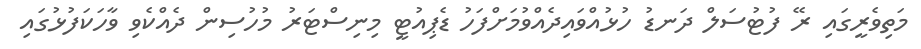
މަތިވެރީގައި ރޭ ފުޓުސަލް ދަނޑު ހުޅުއްވައިދެއްވުމަށްފަހު ޑެޕިއުޓީ މިނިސްޓަރު މުހުސިން ދެއްކެވި ވާހަކަފުޅުގައި